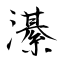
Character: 濝